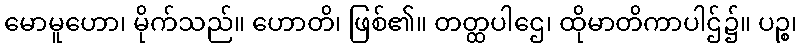
မောမူဟော၊ မိုက်သည်။ ဟောတိ၊ ဖြစ်၏။ တတ္ထပါဌေ၊ ထိုမာတိကာပါဌ်၌။ ပဉ္စ၊